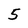
Character: 5